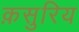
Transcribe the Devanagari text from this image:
क़सुरिय